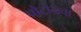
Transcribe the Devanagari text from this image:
प्रोटोनचा